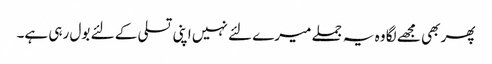
پھر بھی مجھے لگا وہ یہ جملے میرے لئے نہیں اپنی تسلی کے لئے بول رہی ہے۔